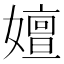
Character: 嬗